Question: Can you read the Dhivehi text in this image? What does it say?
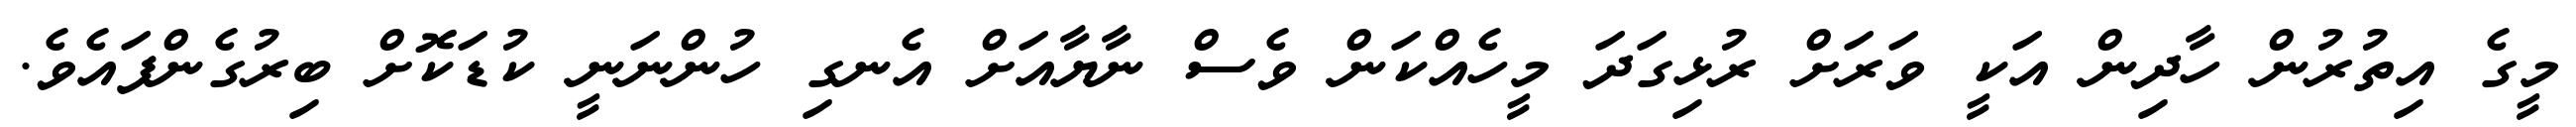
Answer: މީގެ އިތުރުން ހާދިން އަކީ ވަރަށް ރުޅިގަދަ މީހެއްކަން ވެސް ނާޔާއަށް އެނގި ހުންނަނީ ކުޑަކޮށް ބިރުގެންފައެވެ.